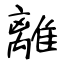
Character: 離